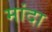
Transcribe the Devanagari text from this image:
मांदा